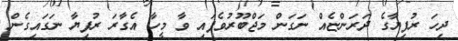
ދިހަ ރުފިޔާގެ ދަރަންޏެއް ނަގަން މަޖްބޫރުވެފައި ވާ މީހާ އެގާރަ ރުފިޔާ ނަގައިގެން